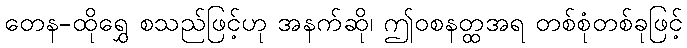
တေန-ထိုရွှေ စသည်ဖြင့်ဟု အနက်ဆို၊ ဤဝစနတ္ထအရ တစ်စုံတစ်ခုဖြင့်